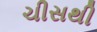
ચીસથી